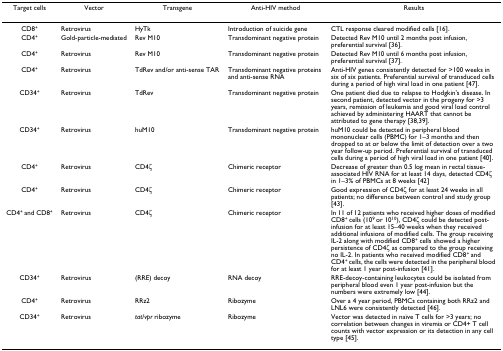
<table><thead><tr><td><b>Target cells</b></td><td><b>Vector</b></td><td><b>Transgene</b></td><td><b>Anti-HIV method</b></td><td><b>Results</b></td></tr></thead><tbody><tr><td>CD8<sup>+</sup></td><td>Retrovirus</td><td>HyTk</td><td>Introduction of suicide gene</td><td>CTL response cleared modified cells [16].</td></tr><tr><td>CD4<sup>+</sup></td><td>Gold-particle-mediated</td><td>Rev M10</td><td>Transdominant negative protein</td><td>Detected Rev M10 until 2 months post infusion, preferential survival [36].</td></tr><tr><td>CD4<sup>+</sup></td><td>Retrovirus</td><td>Rev M10</td><td>Transdominant negative protein</td><td>Detected Rev M10 until 6 months post infusion, preferential survival [37].</td></tr><tr><td>CD4<sup>+</sup></td><td>Retrovirus</td><td>TdRev and/or anti-sense TAR</td><td>Transdominant negative proteins and anti-sense RNA</td><td>Anti-HIV genes consistently detected for &gt;100 weeks in six of six patients. Preferential survival of transduced cells during a period of high viral load in one patient [47].</td></tr><tr><td>CD34<sup>+</sup></td><td>Retrovirus</td><td>TdRev</td><td>Transdominant negative protein</td><td>One patient died due to relapse to Hodgkin&#x27;s disease. In second patient, detected vector in the progeny for &gt;3 years, remission of leukemia and good viral load control achieved by administering HAART that cannot be attributed to gene therapy [38,39].</td></tr><tr><td>CD34<sup>+</sup></td><td>Retrovirus</td><td>huM10</td><td>Transdominant negative protein</td><td>huM10 could be detected in peripheral blood mononuclear cells (PBMC) for 1–3 months and then dropped to at or below the limit of detection over a two year follow-up period. Preferential survival of transduced cells during a period of high viral load in one patient [40].</td></tr><tr><td>CD4<sup>+</sup></td><td>Retrovirus</td><td>CD4ζ</td><td>Chimeric receptor</td><td>Decrease of greater than 0.5 log mean in rectal tissue-associated HIV RNA for at least 14 days, detected CD4ζ in 1–3% of PBMCs at 8 weeks [42]</td></tr><tr><td>CD4<sup>+</sup></td><td>Retrovirus</td><td>CD4ζ</td><td>Chimeric receptor</td><td>Good expression of CD4ζ for at least 24 weeks in all patients; no difference between control and study group [43].</td></tr><tr><td>CD4<sup>+ </sup>and CD8<sup>+</sup></td><td>Retrovirus</td><td>CD4ζ</td><td>Chimeric receptor</td><td>In 11 of 12 patients who received higher doses of modified CD8<sup>+ </sup>cells (10<sup>9 </sup>or 10<sup>10</sup>), CD4ζ could be detected post-infusion for at least 15–40 weeks when they received additional infusions of modified cells. The group receiving IL-2 along with modified CD8<sup>+ </sup>cells showed a higher persistence of CD4ζ as compared to the group receiving no IL-2. In patients who received modified CD8<sup>+ </sup>and CD4<sup>+ </sup>cells, the cells were detected in the peripheral blood for at least 1 year post-infusion [41].</td></tr><tr><td>CD34<sup>+</sup></td><td>Retrovirus</td><td>(RRE) decoy</td><td>RNA decoy</td><td>RRE-decoy-containing leukocytes could be isolated from peripheral blood even 1 year post-infusion but the numbers were extremely low [44].</td></tr><tr><td>CD4<sup>+</sup></td><td>Retrovirus</td><td>RRz2</td><td>Ribozyme</td><td>Over a 4 year period, PBMCs containing both RRz2 and LNL6 were consistently detected [46].</td></tr><tr><td>CD34<sup>+</sup></td><td>Retrovirus</td><td><i>tat</i>/<i>vpr </i>ribozyme</td><td>Ribozyme</td><td>Vector was detected in naïve T cells for &gt;3 years; no correlation between changes in viremia or CD4+ T cell counts with vector expression or its detection in any cell type [45].</td></tr></tbody></table>